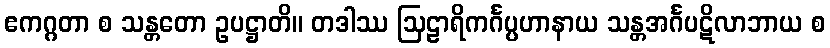
ဧကဂ္ဂတာ စ သန္တတော ဥပဋ္ဌာတိ။ တဒါဿ ဩဠာရိကင်္ဂပ္ပဟာနာယ သန္တအင်္ဂပဋိလာဘာယ စ